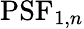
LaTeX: \textrm{PSF}_{1,n}